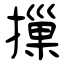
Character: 摷